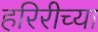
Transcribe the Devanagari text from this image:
हरिरीच्या